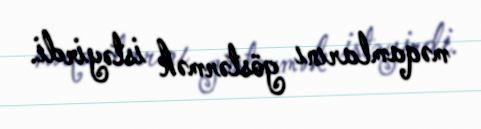
məqamlarını göstərmək istəyirdi.